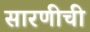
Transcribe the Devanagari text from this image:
सारणीची